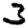
Digit: 3